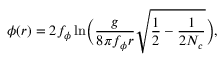
\phi ( r ) = 2 f _ { \phi } \ln \! \Big ( \frac { g } { 8 \pi f _ { \phi } r } \sqrt { \frac { 1 } { 2 } - \frac { 1 } { 2 N _ { c } } } \Big ) ,